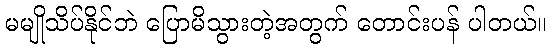
မမျိုသိပ်နိုင်ဘဲ ပြောမိသွားတဲ့အတွက် တောင်းပန် ပါတယ်။